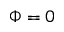
\Phi = 0